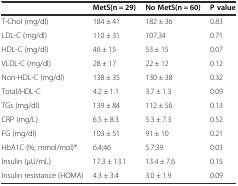
|  | MetS(n = 29) | No MetS(n = 60) | P value |
 | --- | --- | --- | --- |
 | T-Chol (mg/dl) | 184 ± 41 | 182 ± 36 | 0.83 |
 | LDL-C (mg/dl) | 110 ± 31 | 107.34 | 0.71 |
 | HDL-C (mg/dl) | 46 ± 15 | 53 ± 15 | 0.07 |
 | VLDL-C (mg/dl) | 28 ± 17 | 22 ± 12 | 0.12 |
 | Non-HDL-C (mg/dl) | 138 ± 35 | 130 ± 38 | 0.32 |
 | Total/HDL-C | 4.2 ± 1.1 | 3.7 ± 1.3 | 0.09 |
 | TGs (mg/dl) | 139 ± 84 | 112 ± 56 | 0.13 |
 | CRP (mg/L) | 6.5 ± 8.3 | 5.3 ± 7.3 | 0.52 |
 | FG (mg/dl) | 103 ± 51 | 91 ± 10 | 0.21 |
 | HbA1C (%; mmol/mol)* | 6.4;46 | 5.7;39 | 0.03 |
 | Insulin (μU/mL) | 17.3 ± 13.1 | 13.4 ± 7.6 | 0.15 |
 | Insulin resistance (HOMA) | 4.3 ± 3.4 | 3.0 ± 1.9 | 0.09 |